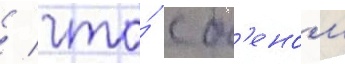
/ что́ с б'еном